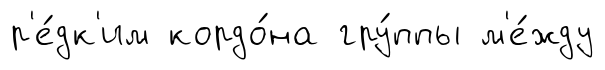
р'е́дк'им кордо́на гру́ппы м'е́жду